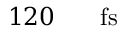
1 2 0 \ensuremath { \mathrm { ~ \textrm ~ { ~ \, ~ } ~ } } \ensuremath { \mathrm { f s } }